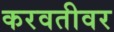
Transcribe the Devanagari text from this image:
करवतीवर